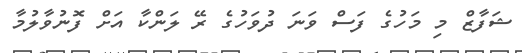
ޝަފާޒް މި މަހުގެ ފަސް ވަނަ ދުވަހުގެ ރޭ ލަންކާ އަށް ފޮނުވާލުމާ